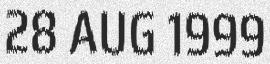
28 AUG 1999